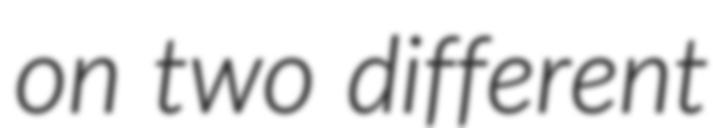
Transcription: on two different